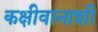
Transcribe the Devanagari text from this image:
कक्षीवानाशी